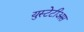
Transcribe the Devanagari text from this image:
युस्टेटीअस